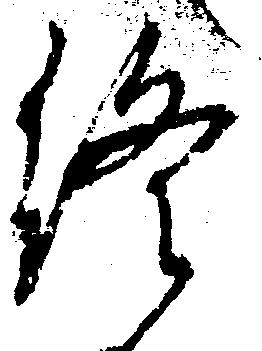
終